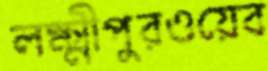
লক্ষ্মীপুরওয়েব